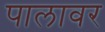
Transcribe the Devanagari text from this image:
पालावर